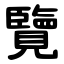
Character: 覽